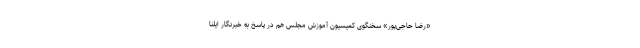
«رضا حاجی‌پور» سخنگوی کمیسیون آموزش مجلس هم در پاسخ به خبرنگار ایلنا